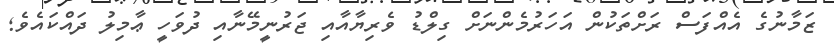
ޒަމާނުގެ އެއްފަސް ރަށްތަކުން އަހަރުމެންނަށް ގިލްޑު ވެރިޔާއާއި ޖަރުނީމޭނާއި ދުވަހީ ޢާމިލު ދައްކައެވެ;